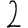
Digit: 2